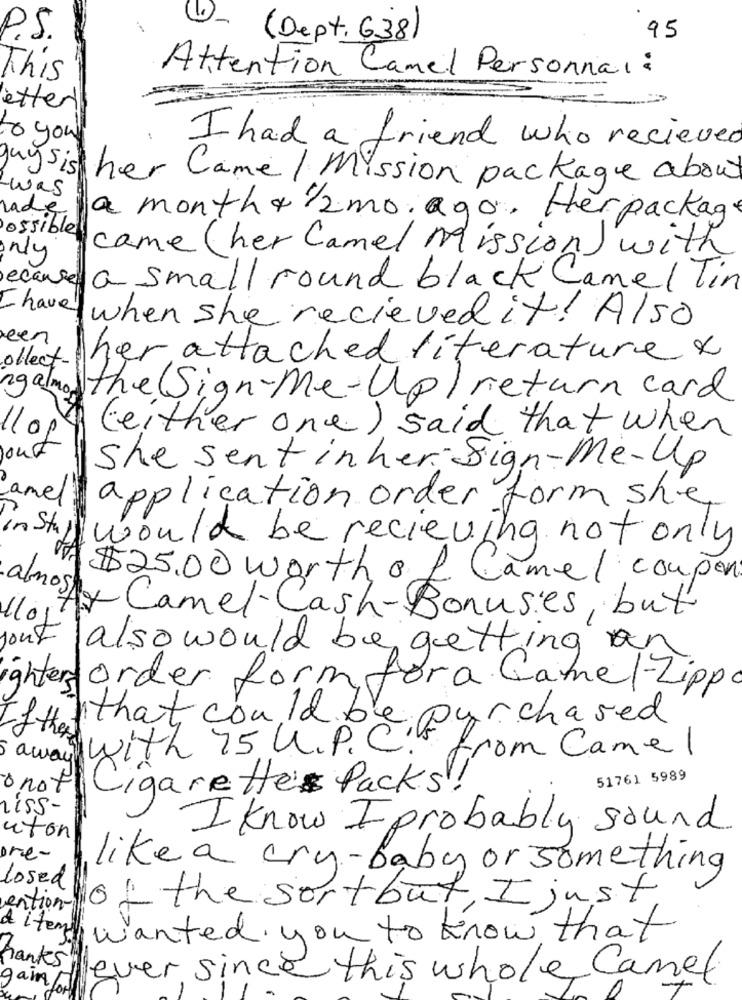
P.S.
( Dept. 638)
95
Attention Camel Personnal :
This
etter
& you
I had a friend who recieved
guysis
her Came / Mission package about
was
rade
a month + /2mo. ago. Her packag
ossible
came (her Camel Mission) with
only
ecause
a small round black Camel Tin
have when she recieved it! Also
reen
collect-
her attached literature x
ng almor
the Sign-me-up ) return card
(either one ) said that when
1109
you
She sent in her Sign-Me-up
amel
application order form she
in Stu
would be recieving not only
$25.00 worthof Camel.coupon
almost Camel-Cash-Bonusies, but
1101
jout alsowould be getting an
ighter order form fora Camel-Zipp
that could be purchased
of the
Hh 75 U. P. C.5 L
away
from Camel
51761 5989
onot
Cigarette Packs!
LISS-
I know I probably sound
uton
one-
like a cry-baby or something
losed
of the sortbut, I just
ention-
A items
wanted you to know?
is that
Banks
lever since this whole Camel
gain/